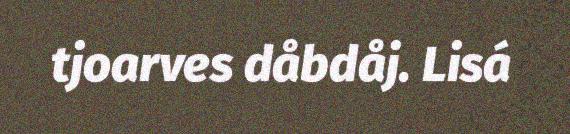
tjoarves dåbdåj. Lisá